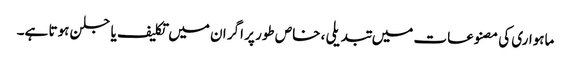
ماہواری کی مصنوعات میں تبدیلی ، خاص طور پر اگر ان میں تکلیف یا جلن ہوتا ہے۔